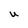
Character: U